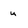
Character: u